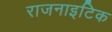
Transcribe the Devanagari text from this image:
राजनाइटिक